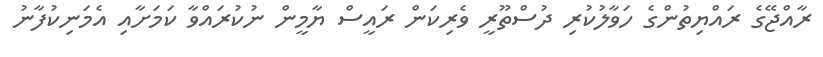
ރާއްޖޭގެ ރައްޔިތުންގެ ހަވާލުކުރި ދުސްތޫރީ ވެރިކަން ރައީސް ޔާމީން ނުކުރައްވާ ކަމަށާއި އެމަނިކުފާނު